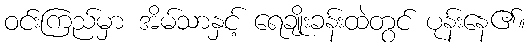
ဝင်းကြည်မှာ အိမ်သာနှင့် ရေချိုးခန်းထဲတွင် ပုန်းနေ၏။